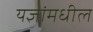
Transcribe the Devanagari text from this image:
यज्ञांमधील